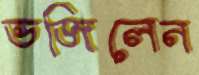
ভজিলেন